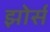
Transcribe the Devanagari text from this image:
झोर्स